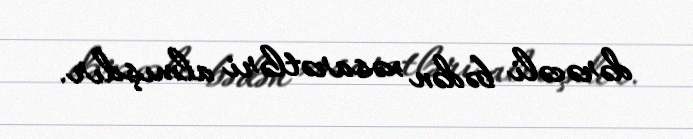
dərəcəli bədən xəsarətləri almışdır.